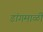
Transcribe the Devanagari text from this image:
डांगमाळी